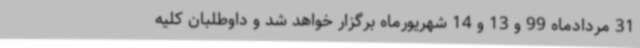
31 مردادماه 99 و 13 و 14 شهریورماه برگزار خواهد شد و داوطلبان کلیه